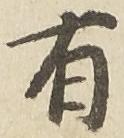
有